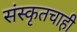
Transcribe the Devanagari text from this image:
संस्कृतचाही